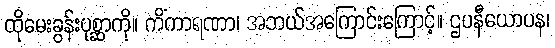
ထိုမေးခွန်းပုစ္ဆာကို။ ကိံကာရဏာ၊ အဘယ်အကြောင်းကြောင့်။ ဌပနီယောပန၊